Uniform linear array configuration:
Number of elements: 48
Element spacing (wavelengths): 0.75
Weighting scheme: exponential
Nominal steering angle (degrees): -45
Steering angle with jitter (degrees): -45.306
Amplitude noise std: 0.05
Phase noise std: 0.05

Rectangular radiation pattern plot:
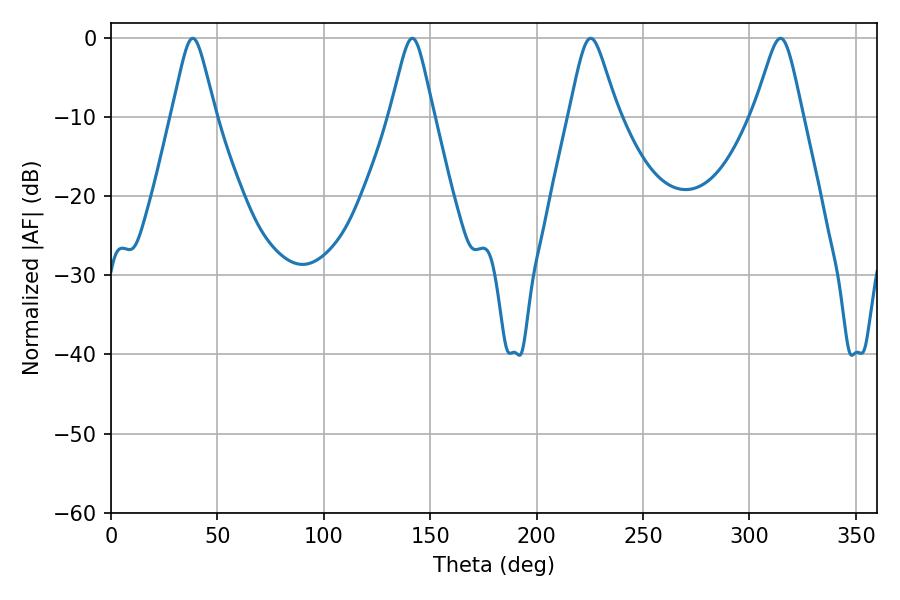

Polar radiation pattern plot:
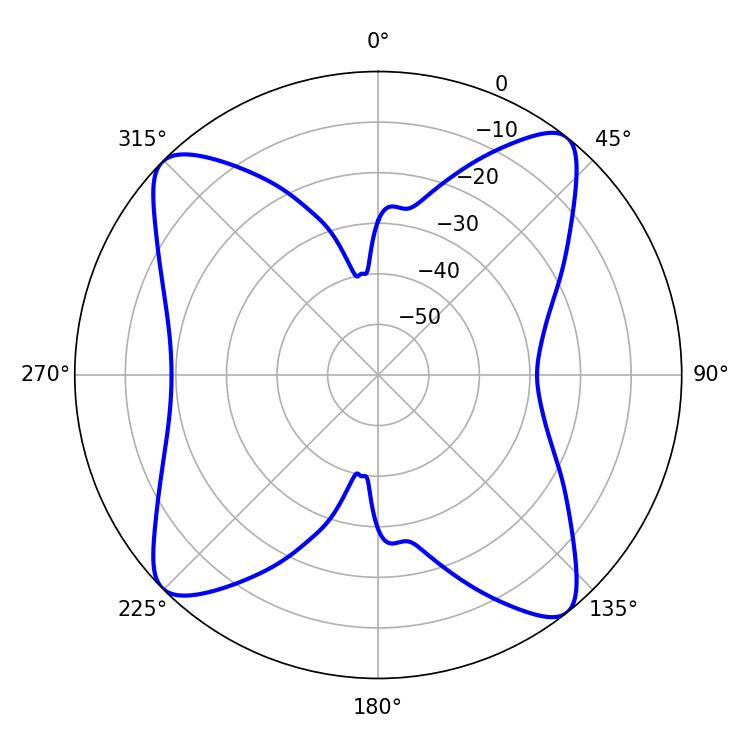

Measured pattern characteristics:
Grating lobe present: TRUE
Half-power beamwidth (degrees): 10.8
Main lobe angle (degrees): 225.36